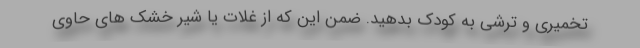
تخمیری و ترشی به کودک بدهید. ضمن این که از غلات یا شیر خشک های حاوی